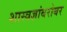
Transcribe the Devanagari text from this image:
शास्त्रज्ञांबरोबर